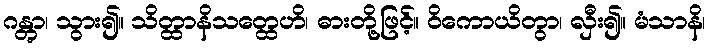
ဂန္တွာ၊ သွား၍။ သိတ္ထာနိသတ္ထေဟိ၊ ဓားတို့ဖြင့်။ ဝိကောယိတွာ၊ လှီး၍။ မံသာနိ၊